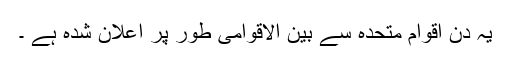
یہ دن اقوام متحدہ سے بین الاقوامی طور پر اعلان شدہ ہے ۔